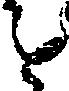
を